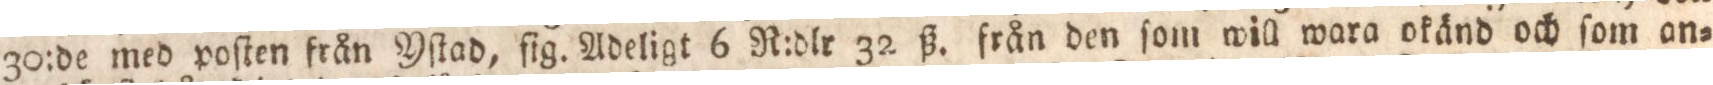
30:de med poſten från Yſtad, ſig. Adeligt 6 R:dlr 32 ß. från den ſom will wara okänd och ſom on=